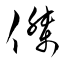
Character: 傑